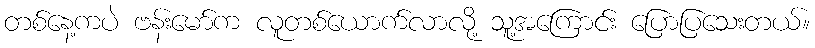
တစ်နေ့ကပဲ ဗန်းမော်က လူတစ်ယောက်လာလို့ သူ့အကြောင်း ပြောပြသေးတယ်။